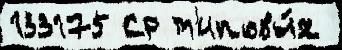
133175 Ср т'иповы́х